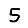
Digit: 5